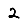
Digit: 2